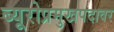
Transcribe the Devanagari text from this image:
ब्यूरोप्रमुखपदावर